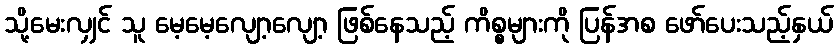
သို့မေးလျှင် သူ မေ့မေ့လျော့လျော့ ဖြစ်နေသည့် ကိစ္စများကို ပြန်အစ ဖော်ပေးသည့်နှယ်